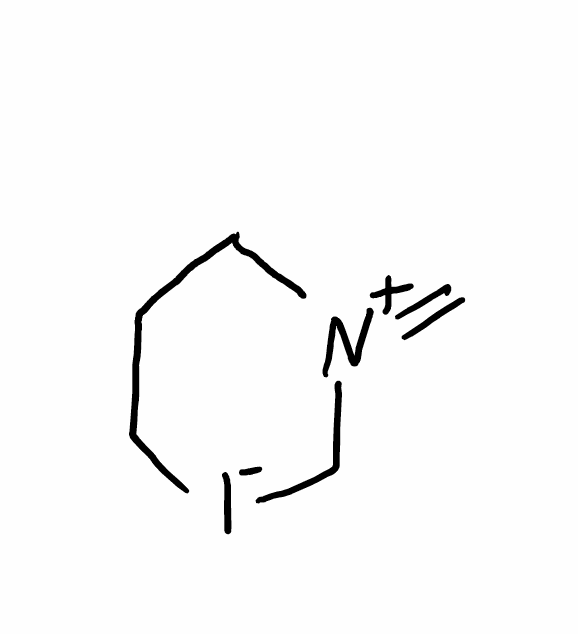
Simplified molecular-input line-entry system (SMILES) notation of the given molecule:
C=[N+]1CCC[I-]C1